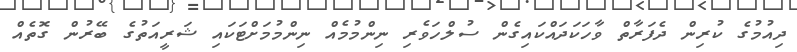
ދިއުމުގެ ކުރިން ދެފަރާތް ވާހަކަދައްކައިގެން ސުލްހަވެރި ނިންމުމެއް ނިންމުމަށްޓަކައި ޝަރީއަތުގެ ބޭރުން ގޮތެއް